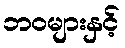
ဘဝများနှင့်